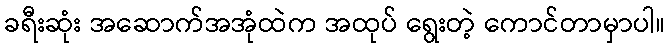
ခရီးဆုံး အဆောက်အအုံထဲက အထုပ် ရွေးတဲ့ ကောင်တာမှာပါ။